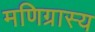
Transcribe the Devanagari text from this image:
मणिग्रास्य